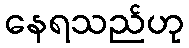
နေရသည်ဟု